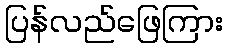
ပြန်လည်ဖြေကြား